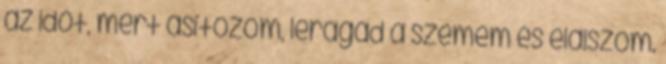
az időt, mert ásítozom, leragad a szemem és elalszom.